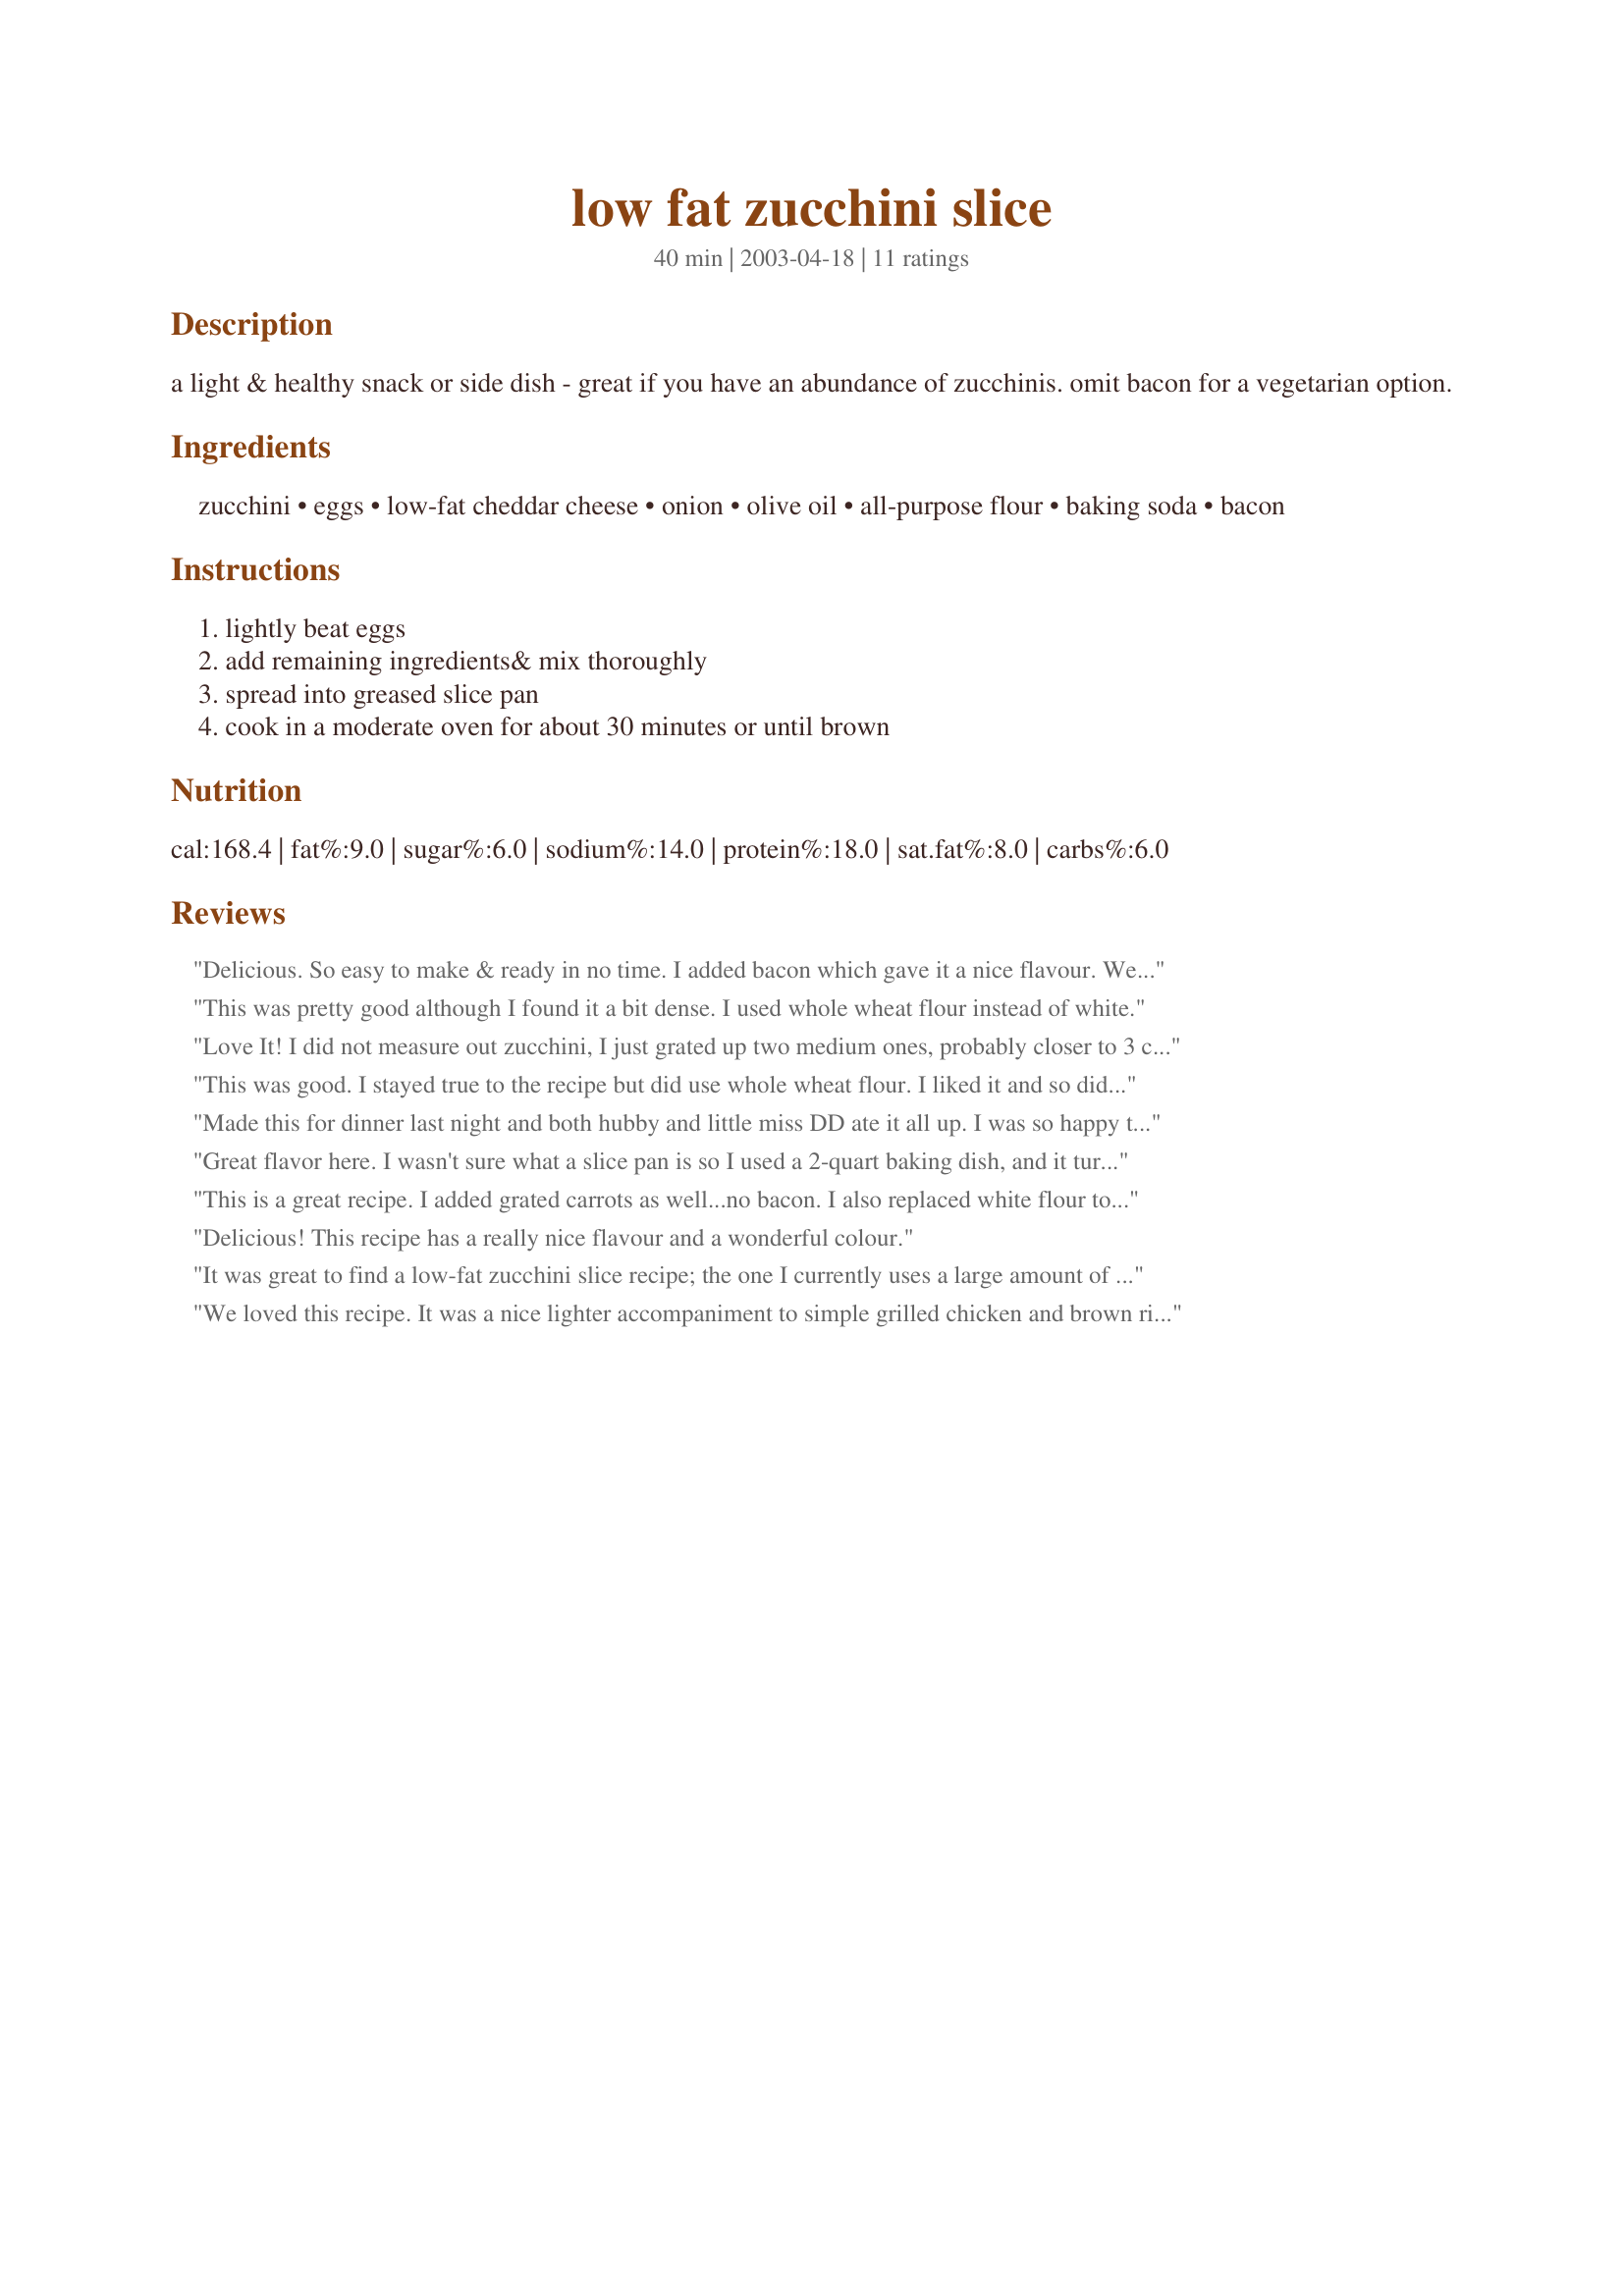
low fat zucchini slice
Preparation time: 40 minutes

a light & healthy snack or side dish - great if you have an abundance of zucchinis. omit bacon for a vegetarian option.

Ingredients:
zucchini, eggs, low-fat cheddar cheese, onion, olive oil, all-purpose flour, baking soda, bacon

Steps:
lightly beat eggs, add remaining ingredients& mix thoroughly, spread into greased slice pan, cook in a moderate oven for about 30 minutes or until brown

Reviews:
Delicious. So easy to make & ready in no time. I added bacon which gave it a nice flavour. We enjoyed it hot out of the oven & then cold for lunch the following day. Thank you.
This was pretty good although I found it a bit dense. I used whole wheat flour instead of white.
Love It! I did not measure out zucchini, I just grated up two medium ones, probably closer to 3 cups. I subbed the bacon for carrot, omitted the cheese and added salt, fresh ground pepper. I also grated the onion, baked at 175C. I also used self raising flour so I left out the baking powder.
This was good. I stayed true to the recipe but did use whole wheat flour. I liked it and so did the 3yo, but not hubby or 10 yr old. To me it kind of had a seafoody taste to it, like maybe there was shrimp in it. (but there wasnt!) Probably wouldnt make again but didnt mind trying once. BTW cooked it at 350F for 30 minutes.
Made this for dinner last night and both hubby and little miss DD ate it all up. I was so happy to see that only a smidge of oil is needed as all the other similar recipes to this have a tonne of oil added. I used half zucchini, half carrot and ended up using 4 eggs. I also used wholemeal SR flour so left out the baking soda and grated my onion rather than diced. I topped mine with some tomato slices for a bit of decoration. Thanks for posting!
Great flavor here. I wasn't sure what a slice pan is so I used a 2-quart baking dish, and it turned out fine.
This is a great recipe. I added grated carrots as well...no bacon. I also replaced white flour to wholemeal flour. Its was amazing. Thank you for sharing.
Delicious! This recipe has a really nice flavour and a wonderful colour.
It was great to find a low-fat zucchini slice recipe; the one I currently uses a large amount of oil. Cooked wonderfully and tastes great. Thanks for a healthy alternative!
We loved this recipe. It was a nice lighter accompaniment to simple grilled chicken and brown rice. We omitted the meat, but I added in a clove of minced garlic and a pinch of cayenne. I baked it in a 9X9 pan at 350 degrees for about 35 minutes. We'll make this a lot. Thank you for posting it.
This recipe should have more than 5 stars!!! I needed a recipe to handle "bumper crop" but I didn't want an overload with calories and carbs. You have a "Winner"! I thin sliced the zucchni and used dry chorizo. (I know bacon or ham will work) I added 2 minced jalapenos peppers, (regular peppers would work.) I added 1/4 C (packed) of my dried tomatoes and 1tsp of Baking Powder. I put it in a 9x13 in. pan and baked for 30 min. The taste and tecture were awsome! Thank you Marli for a "Keeper"!
